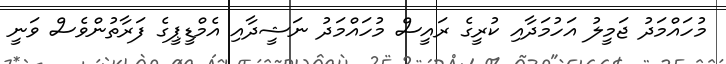
މުހައްމަދު ޖަމީލު އަހުމަދާއި ކުރީގެ ރައީސް މުހައްމަދު ނަޝީދާއި އެމްޑީޕީގެ ފަރާތުންވެސް ވަނީ